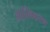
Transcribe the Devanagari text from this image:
आम्लिकरण